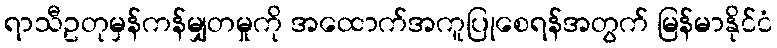
ရာသီဥတုမှန်ကန်မျှတမှုကို အထောက်အကူပြုစေရန်အတွက် မြန်မာနိုင်ငံ